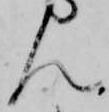
ん